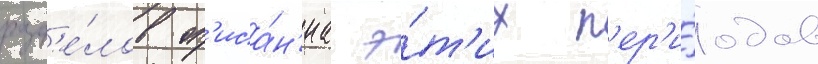
разд'е́лов оп'иса́н'иа э́т'их п'ер'и́одов